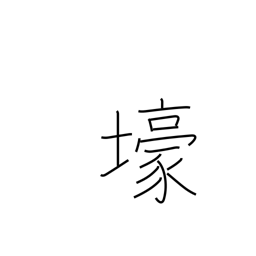
Meaning: trench